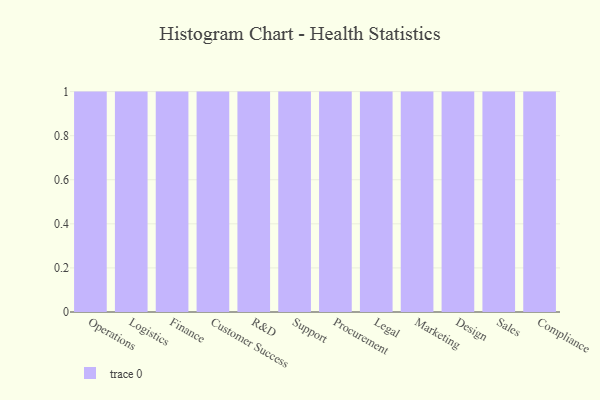
{"axis": {"x": "Department", "y": "Latency (ms)"}, "legend": [""], "data": [{"x": "Operations", "y": 23, "type": ""}, {"x": "Logistics", "y": 25, "type": ""}, {"x": "Finance", "y": 63, "type": ""}, {"x": "Customer Success", "y": 77, "type": ""}, {"x": "R&D", "y": 81, "type": ""}, {"x": "Support", "y": 32, "type": ""}, {"x": "Procurement", "y": 95, "type": ""}, {"x": "Legal", "y": 43, "type": ""}, {"x": "Marketing", "y": 39, "type": ""}, {"x": "Design", "y": 4, "type": ""}, {"x": "Sales", "y": 4, "type": ""}, {"x": "Compliance", "y": 19, "type": ""}]}